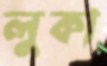
লুকা